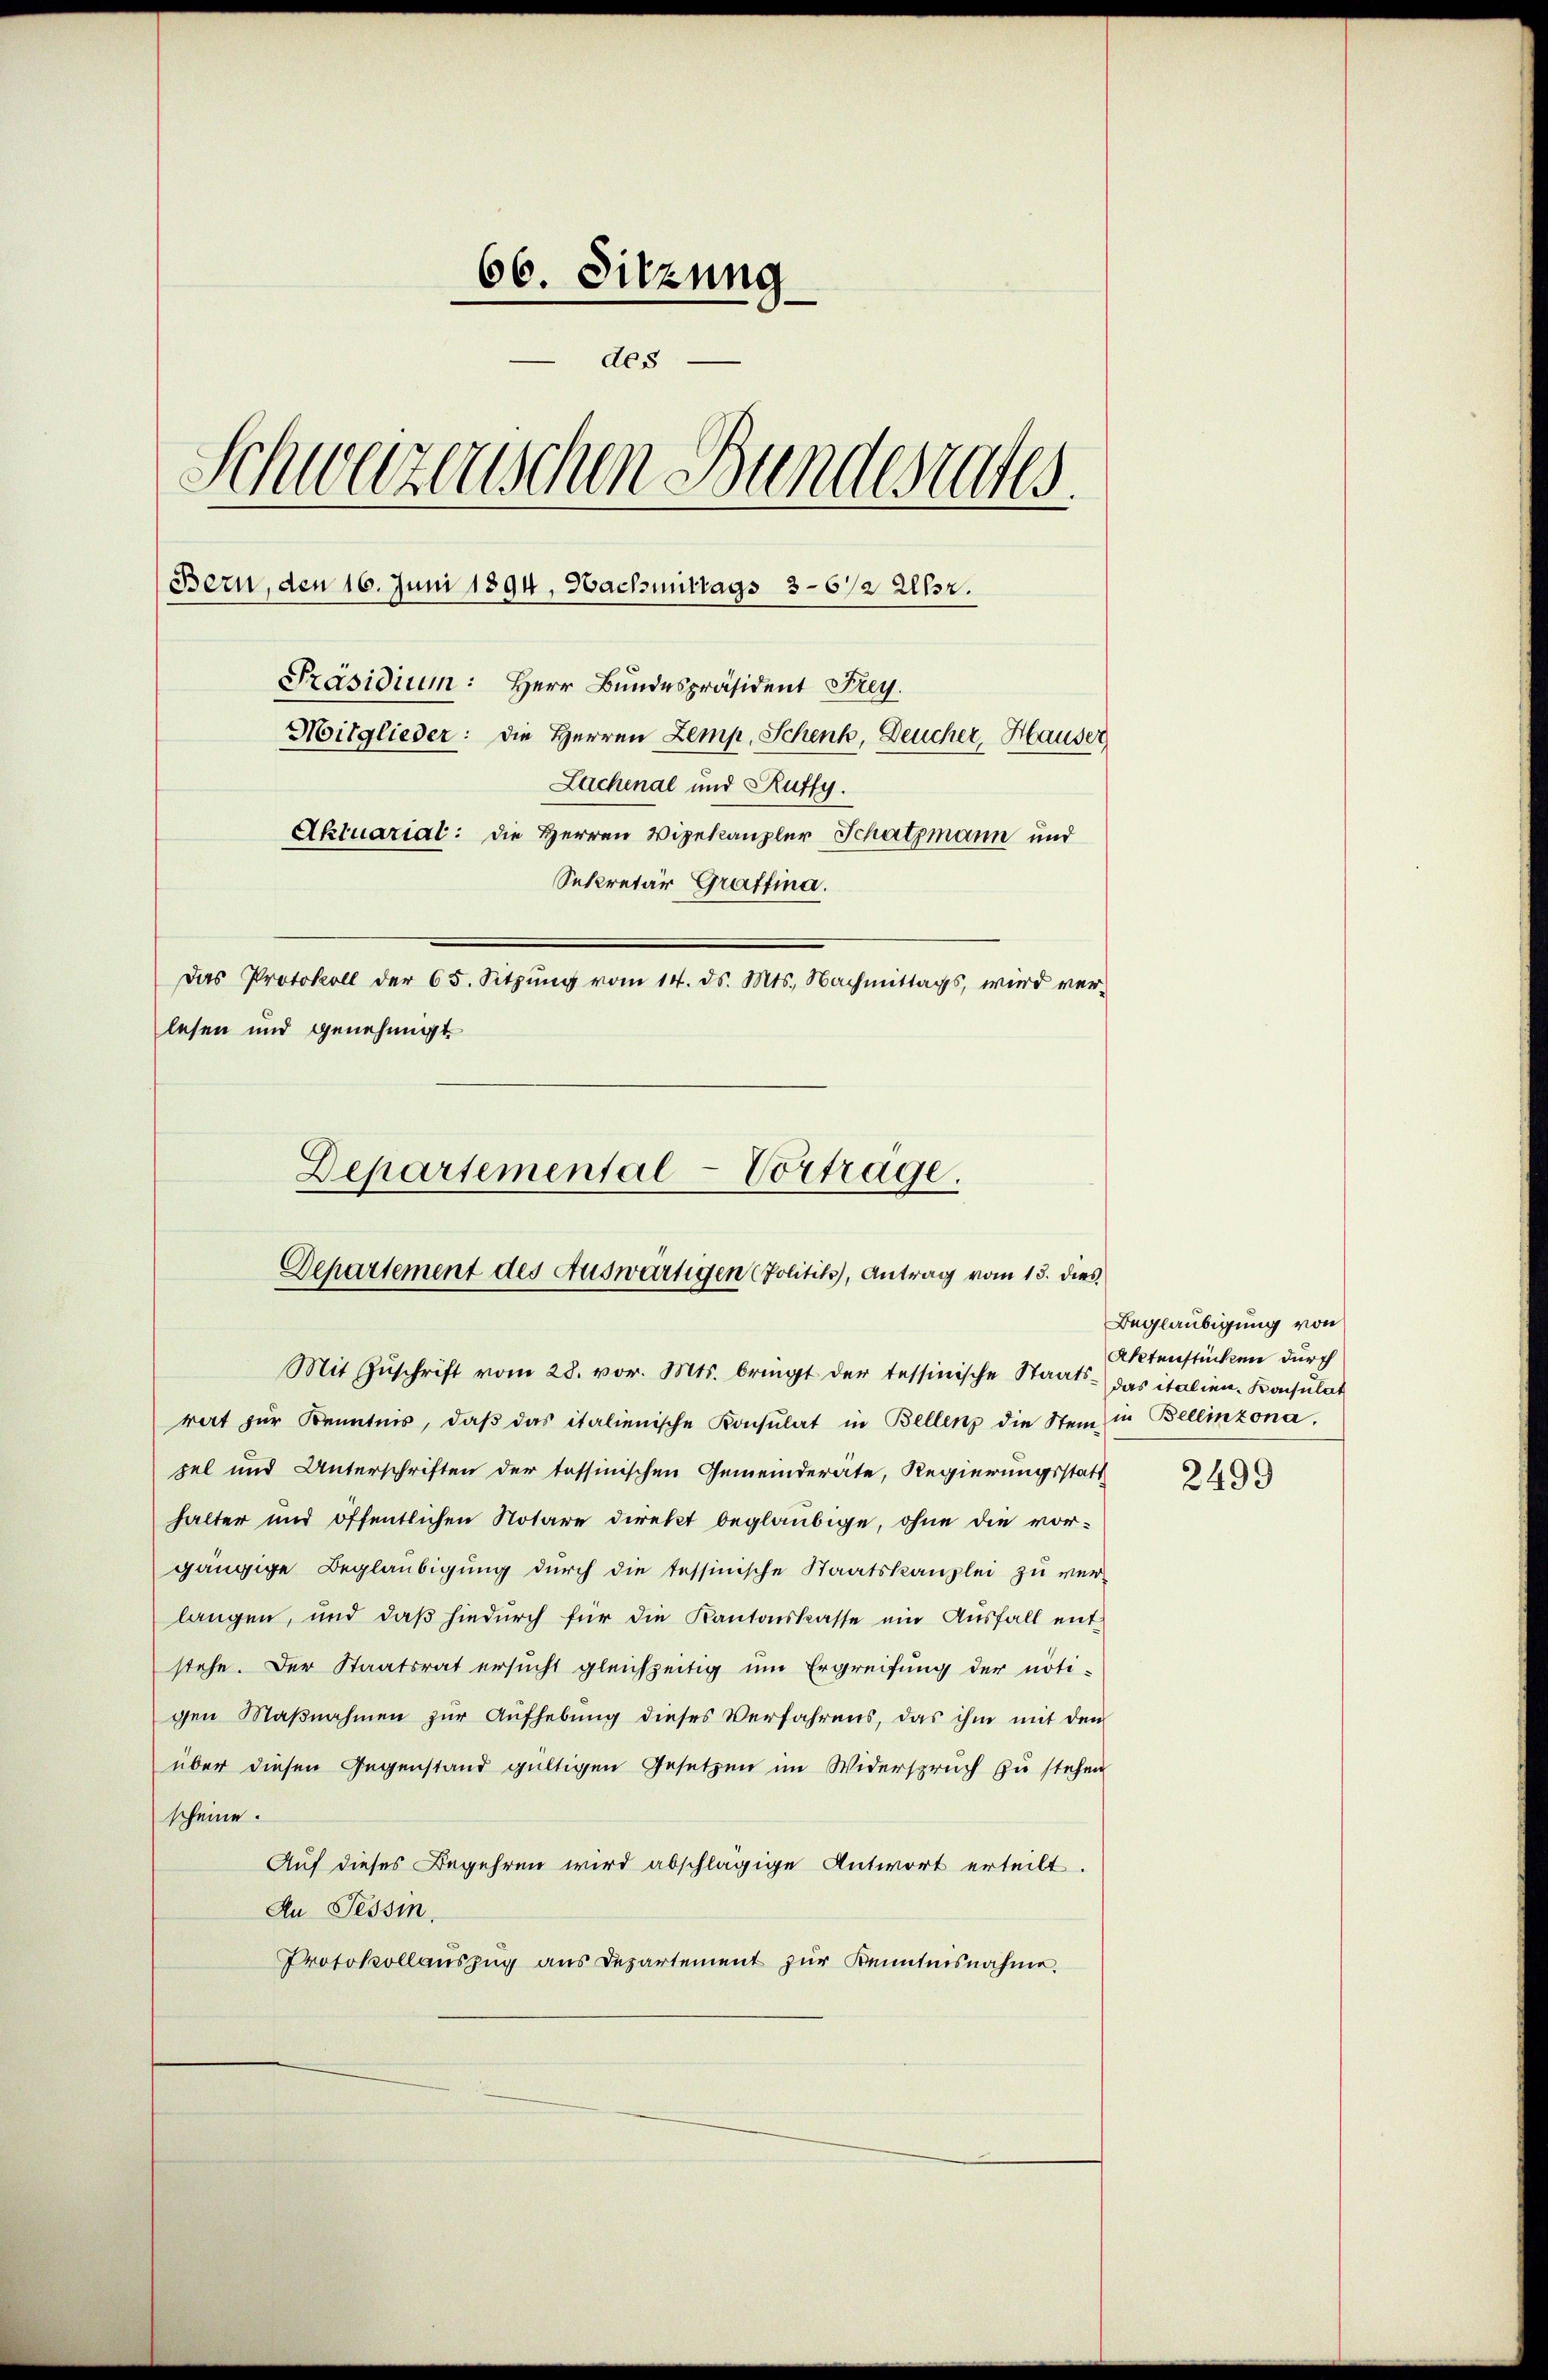
66. Sitzung
des
Schweizerischen Bundesrates
Bern, den 16. Juni 1894, Nachmittags 36/2 Uhr.
Präsidium: Herr Bundespräsident Frey.
Mitglieder: die Herren Zemp, Schenk, Deucher, Hauser
Lachenal und Ruffy.
Aktuarial: die Herren Vizekanzler Schatzmann und
Sekretär Graffina.
Das Protokoll der 65. Sitzŭng vom 14. ds. Mts. Nachmittags, wird ver-
lesen und genehmigt.

Mit Zŭschrift vom 28. vor. Mts. bringt der tessinische Staats- das italien-Konsulat
rort zŭr Kenntnis, daβ das italienische Konsulat in Bellenz die Stein in Bellinzona,
zel und Unterschriften der tessinischen Gemeinderäte, Regierungsstatt
halter und öffentlichen Notare direkt beglaubige, ohne die vor-
gängige Beglaubigung durch die tessinische Staatskanzlei zu ver-
langen, und daß hiedurch für die Kantonskasse ein Ausfall ent-
stehe. Der Staatsrat ersucht gleichzeitig um Ergreifung der nöti-
gen Maβnahmen zur Aufhebung dieses Verfahrens, das ihm mit den
über diesen Gegenstand gültigen Gesetzen im Widerspruch zu stehen
scheine.
Auf dieses Begehren wird abschlägige Antwort erteilt.
An Tessin,
Protokollauszug aus Departement zur Kenntnisnahme.

Departemental-Vortrage.
Departement des Auswärtigen Politik), Antrag vom 13. dies

Beglaubigung von
Aktenstücken durch

2499